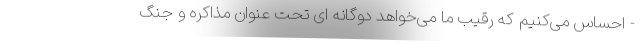
- احساس می‌کنیم که رقیب ما می‌خواهد دوگانه ای تحت عنوان مذاکره و جنگ